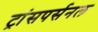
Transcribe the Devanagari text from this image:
ट्रांसपर्सनल